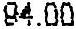
94.00